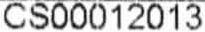
CS00012013